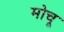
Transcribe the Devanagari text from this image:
मोचू